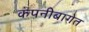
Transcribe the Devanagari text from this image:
कंपनीबागेत